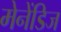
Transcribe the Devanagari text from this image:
मेनेंडिज